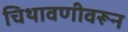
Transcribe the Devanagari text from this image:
चिथावणीवरून